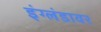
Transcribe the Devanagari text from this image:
इंग्लंडावर